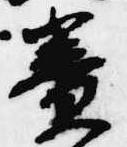
簀